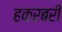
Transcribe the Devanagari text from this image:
हकरबरी